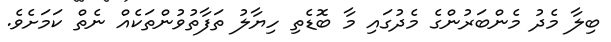
ބިލާ މެދު މެންބަރުންގެ މެދުގައި މާ ބޮޑެތި ހިޔާލު ތަފާތުވުންތަކެއް ނެތް ކަމަށެވެ.